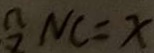
N C = x